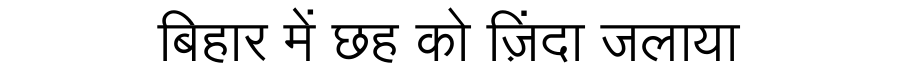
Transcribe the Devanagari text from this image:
बिहार में छह को ज़िंदा जलाया